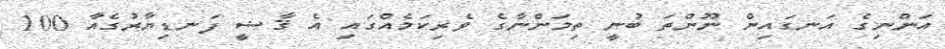
އަންނިގެ އަނގައިން ނޫންތަ ބުނީ ތިމަންނާގެ ވެރިކަމެއްގައި އެ ޤާޟީ ފަނޑިޔާރުގެއާ 100